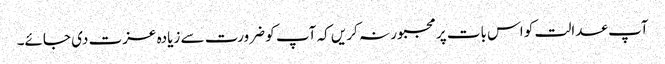
آپ عدالت کو اس بات پر مجبور نہ کریں کہ آپ کو ضرورت سے زیادہ عزت دی جائے۔